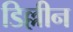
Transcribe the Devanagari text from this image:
डिल्लीन